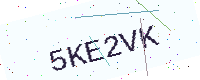
Text: 5KE2VK